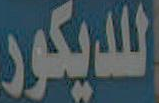
اللديكور